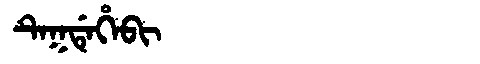
Manchu: ᡨᡝᡴᡩᡝᡥᡝᠪᡳ
Romanization: TEKDEHEBI